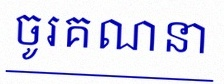
ចូរគណនា